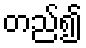
တည်၍